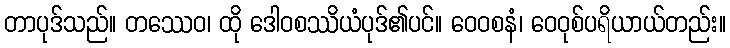
တာပုဒ်သည်။ တဿေဝ၊ ထို ဒေါဝစဿိယံပုဒ်၏ပင်။ ဝေဝစနံ၊ ဝေဝုစ်ပရိယာယ်တည်း။